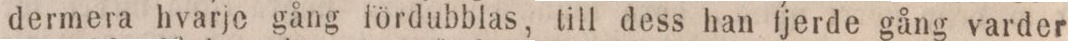
dermera hvarje gång fördubblas, till dess han fjerde gång varder